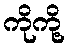
ကိုကို့